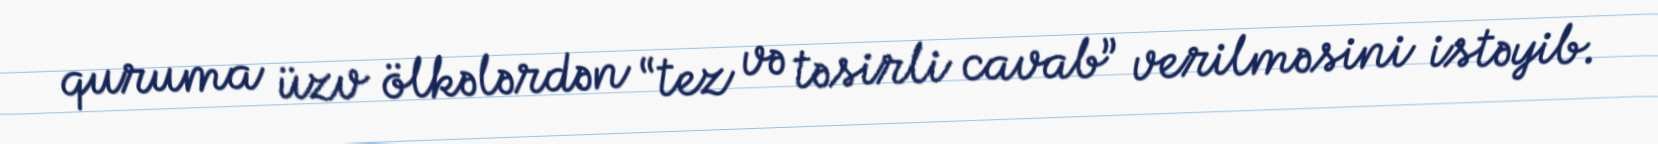
quruma üzv ölkələrdən “tez və təsirli cavab” verilməsini istəyib.